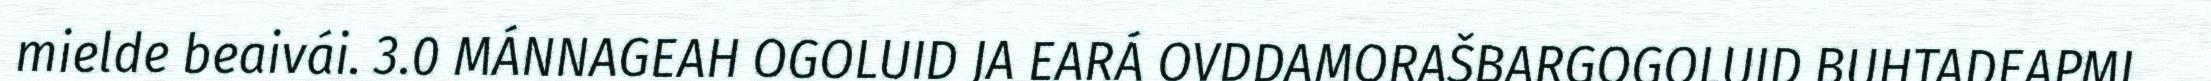
mielde beaivái. 3.0 MÁNNAGEAH OGOLUID JA EARÁ OVDDAMORAŠBARGOGOLUID BUHTADEAPMI